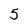
Character: 5